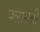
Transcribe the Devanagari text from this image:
फ्लायबी